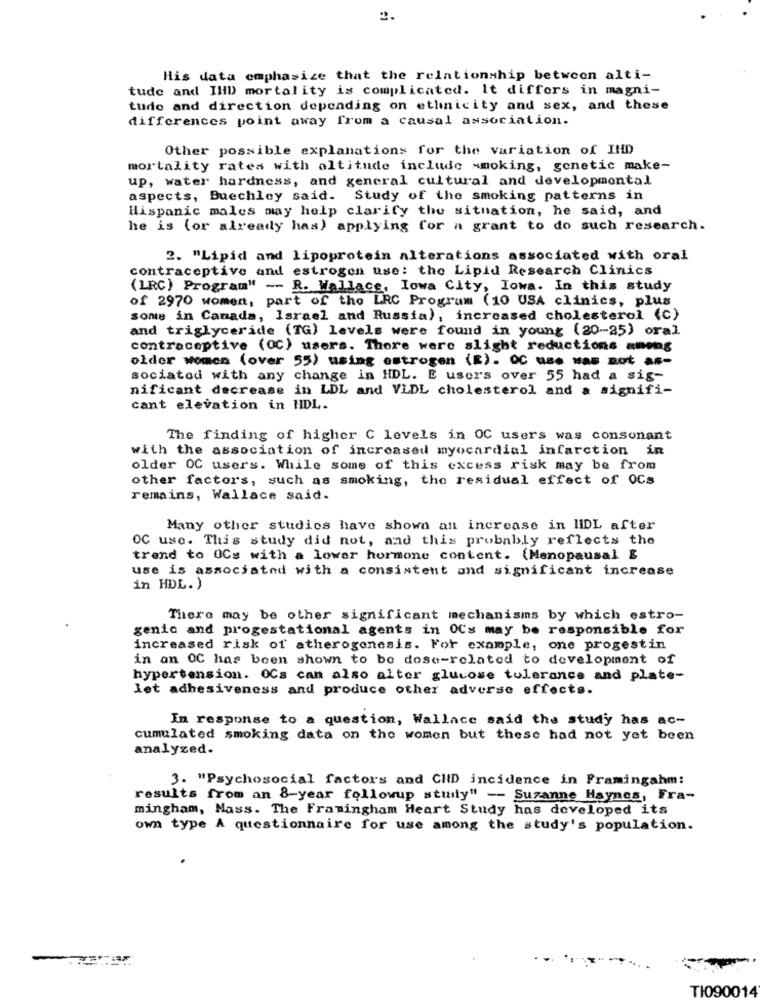
His data emphasize that the relationship between alti-
tude and IHD mortality is complicated. It differs in magni-
tudo and direction depending on ethnicity and sex, and these
differences point away from a causal association.
Other possible explanations for the variation of IND
mortality rates with altitude include smoking, genetic make-
up, water hardness, and general cultural and developmental
aspects, Buechley said. Study of the smoking patterns in
Hispanic males may help clarify the situation, he said, and
he is (or already has) applying for a grant to do such research.
2. "Lipid and lipoprotein alterations associated with oral
contraceptive and estrogen use: the Lipid Research Clinics
(LRC) Program" -- R. Wallace, Iowa City, Iowa. In this study
of 2970 women, part of the LRC Program (10 USA clinics, plus
some in Canada, Israel and Russia), increased cholesterol (C)
and triglyceride (IG) levels were found in young (20-25) oral
contraceptive (OC) users. There were slight reductions among
older women (over 55) using estrogen (E). QC use was not as-
sociatod with any change in HDL. E users over 55 had a sig-
nificant decrease in LDL and VLDL cholesterol and a signifi-
cant elevation in HIDL.
The finding of higher C levels in OC users was consonant
with the association of increased myocardial infarction in
older OC users. While some of this excess risk may be from
other factors, such as smoking, the residual effect of OCs
remains, Wallace said.
Many other studies have shown an increase in HDL after
OC use. This study did not, and this probably reflects the
trend to OCs with a lower hormone content. (Menopausal E
use is associated with a consistent and significant increase
in HDL. )
There may be other significant mechanisms by which estro-
genic and progestational agents in OCs may be responsible for
increased risk of atherogenesis. For example, one progestin
in an OC has been shown to be dose-related to development of
hypertension. OCs can also alter glucose tolerance and plate-
let adhesiveness and produce other adverse effects.
In response to a question, Wallace said the study has ac-
cumulated smoking data on the women but these had not yet been
analyzed.
3. "Psychosocial factors and CHD incidence in Framingahm:
results from an 8-year followup study" - Suzanne Haynes, Fra-
mingham, Mass. The Framingham Heart Study has developed its
own type A questionnaire for use among the study's population.
TI090014